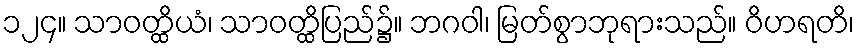
၁၂၄။ သာဝတ္ထိယံ၊ သာဝတ္ထိပြည်၌။ ဘဂဝါ၊ မြတ်စွာဘုရားသည်။ ဝိဟရတိ၊